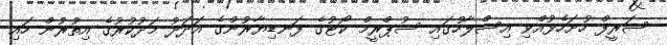
ޝަރީފް ހުށަހެޅުއްވި އިސްލާހުގައި ސުޕްރީމް ކޯޓުގެ ފަނޑިޔާރުންގެ އަދަދު މަދުކުރުގެ އިތުރުން ހައި